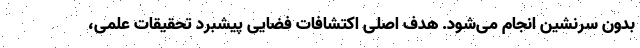
بدون سرنشین انجام می‌شود. هدف اصلی اکتشافات فضایی پیشبرد تحقیقات علمی،